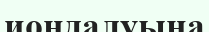
иондалуына